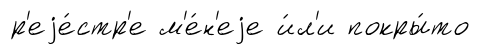
р'еjе́стр'е м'е́н'еjе и́л'и покры́то